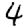
Digit: 4